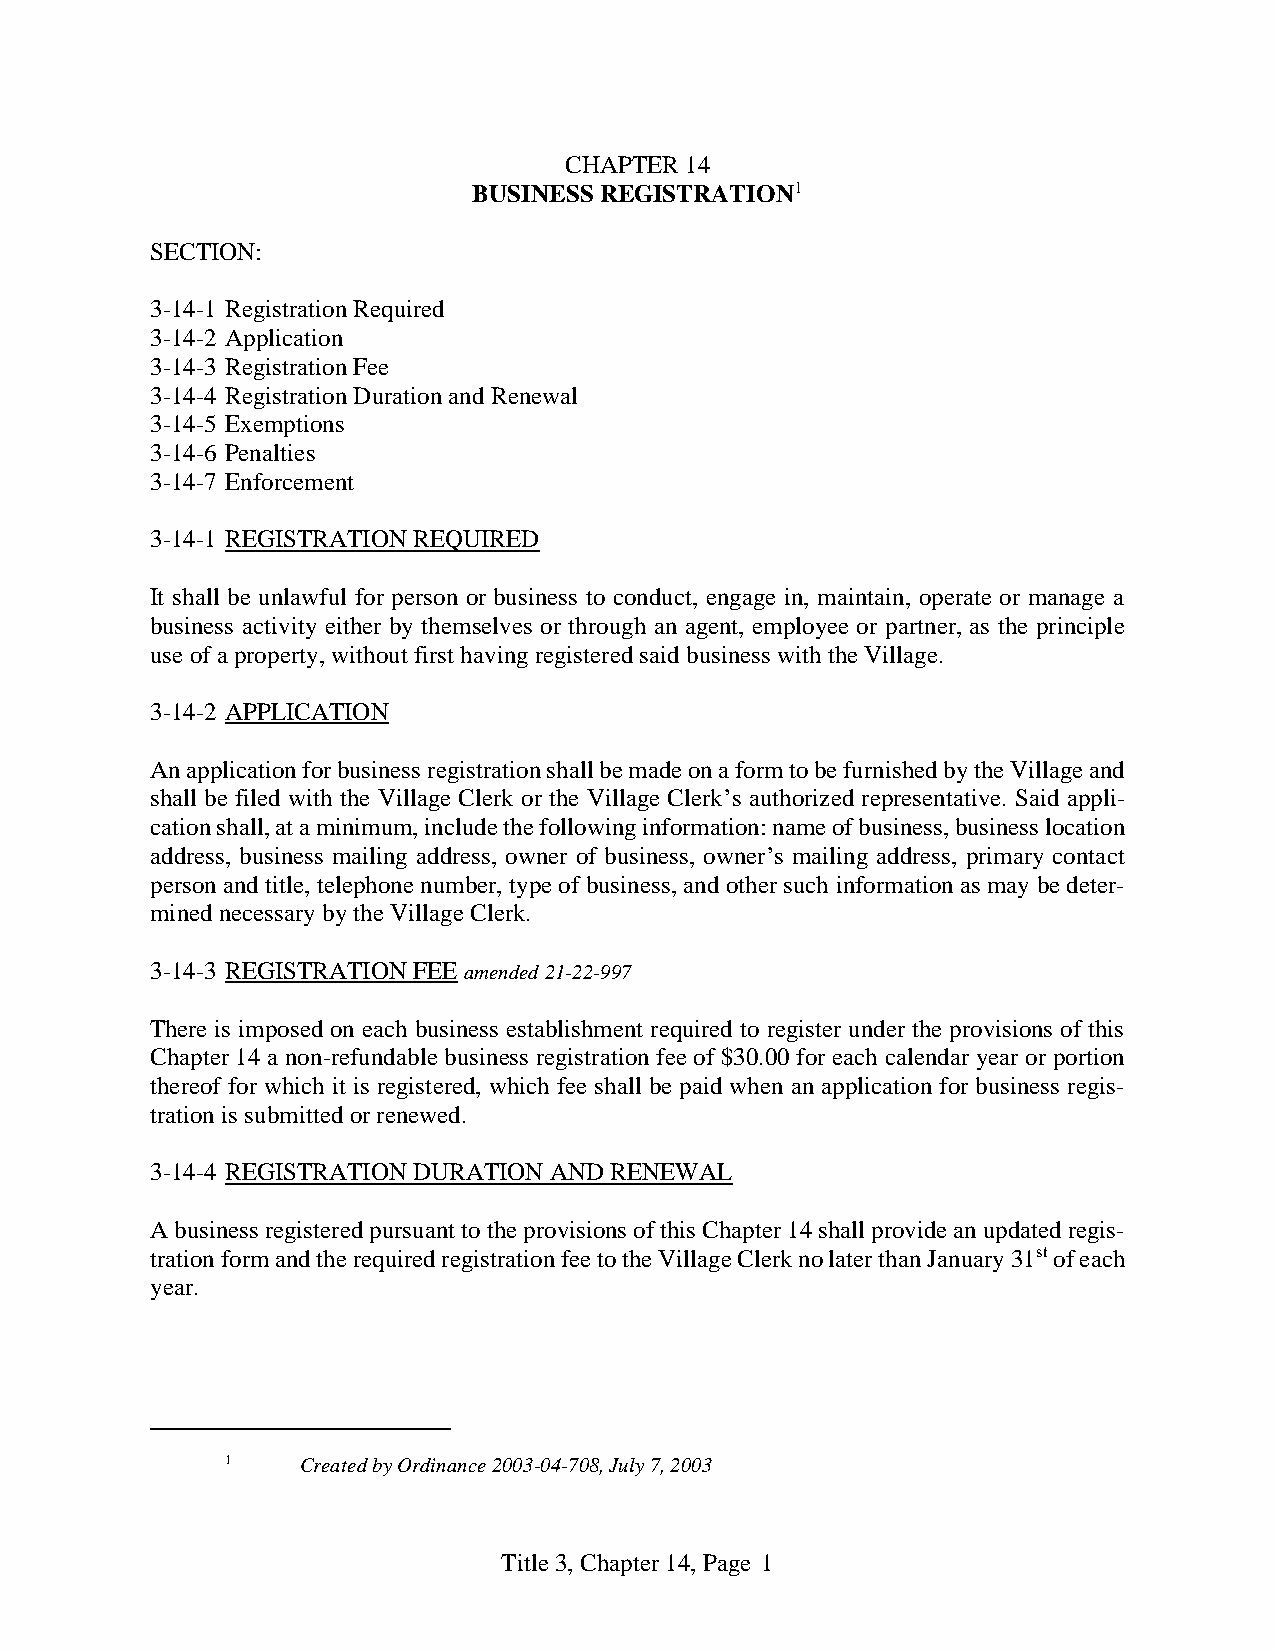
CHAPTER 14
 BUSINESS REGISTRATION1
 SECTION:
 3-14-1 Registration Required
 3-14-2 Application
 3-14-3 Registration Fee
 3-14-4 Registration Duration and Renewal
 3-14-5 Exemptions
 3-14-6 Penalties
 3-14-7 Enforcement
 3-14-1 REGISTRATION REQUIRED
 It shall be unlawful for person or business to conduct, engage in, maintain, operate or manage a
 business activity either by themselves or through an agent, employee or partner, as the principle
 use of a property, without first having registered said business with the Village.
 3-14-2 APPLICATION
 An application for business registration shall be made on a form to be furnished by the Village and
 shall be filed with the Village Clerk or the Village Clerk’s authorized representative. Said appli-
 cation shall, at a minimum, include the following information: name of business, business location
 address, business mailing address, owner of business, owner’s mailing address, primary contact
 person and title, telephone number, type of business, and other such information as may be deter-
 mined necessary by the Village Clerk.
 3-14-3 REGISTRATION FEE amended 21-22-997
 There is imposed on each business establishment required to register under the provisions of this
 Chapter 14 a non-refundable business registration fee of $30.00 for each calendar year or portion
 thereof for which it is registered, which fee shall be paid when an application for business regis-
 tration is submitted or renewed.
 3-14-4 REGISTRATION DURATION AND RENEWAL
 A business registered pursuant to the provisions of this Chapter 14 shall provide an updated regis-
 tration form and the required registration fee to the Village Clerk no later than January 31st of each
 year.
 1    Created by Ordinance 2003-04-708, July 7, 2003
 Title 3, Chapter 14, Page 1